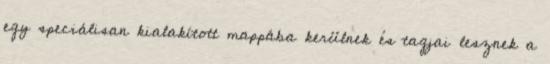
egy speciálisan kialakított mappába kerülnek és tagjai lesznek a